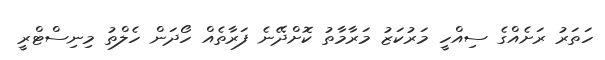
ހަތަރު ރަށެއްގެ ސިއްހީ މަރުކަޒު މަރާމާތު ކޮށްދޭނެ ފަރާތެއް ހޯދަން ހެލްތު މިނިސްޓްރީ